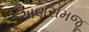
અણસમજૂ